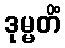
ဒုမ္မတိံ